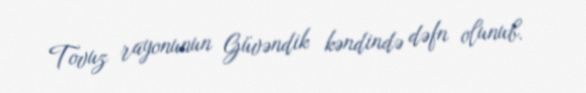
Tovuz rayonunun Güvəndik kəndində dəfn olunub.